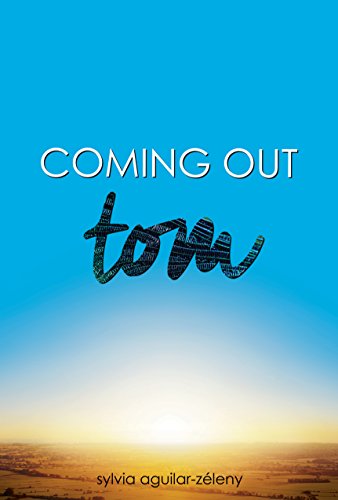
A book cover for Tom (Coming Out); Sylvia Aguilar-zeleny; Teen & Young Adult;